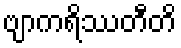
ဗျာကရိဿတီတိ